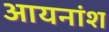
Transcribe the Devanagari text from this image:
आयनांश